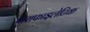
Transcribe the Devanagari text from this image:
पाराफाइलेटिक